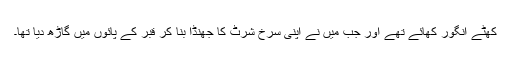
کھٹے انگور کھائے تھے اور جب میں نے اپنی سرخ شرٹ کا جھنڈا بنا کر قبر کے پائوں میں گاڑھ دیا تھا۔